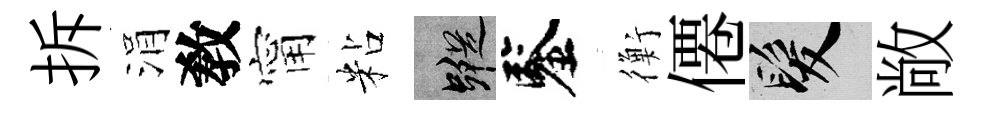
拆涓敎甯粘蹤鑒衡僊髮敞